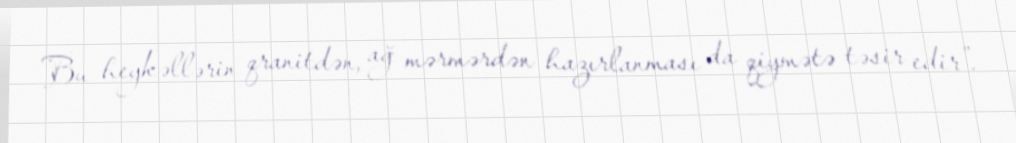
Bu heykəllərin qranitdən, ağ mərmərdən hazırlanması da qiymətə təsir edir”.